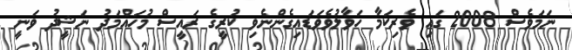
ނަމަވެސް 2008 ގައި ވެރިކަމާ ހަވާލުވެވަޑައިގެންނެވި ކުރީގެ ރައީސް މުހައްމަދު ނަޝީދު ވަނީ